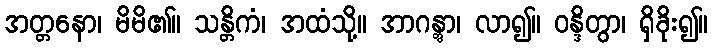
အတ္တနော၊ မိမိ၏။ သန္တိကံ၊ အထံသို့။ အာဂန္တွာ၊ လာ၍။ ဝန္ဒိတွာ၊ ရှိခိုး၍။